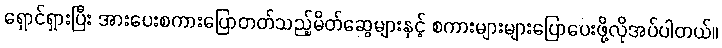
ရှောင်ရှားပြီး အားပေးစကားပြောတတ်သည့်မိတ်ဆွေများနှင့် စကားများများပြောပေးဖို့လိုအပ်ပါတယ်။